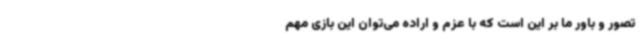
تصور و باور ما بر این است‌ که با عزم و اراده می‌توان این بازی مهم